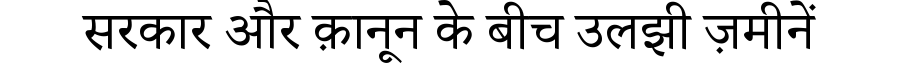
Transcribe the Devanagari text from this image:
सरकार और क़ानून के बीच उलझी ज़मीनें